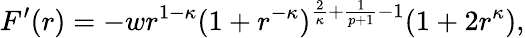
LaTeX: F^{\prime}(r)=-wr^{1-\kappa}(1+r^{-\kappa})^{\frac{2}{\kappa}+\frac{1}{p+1}-1}(1+2r^{\kappa}),